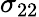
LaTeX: \sigma_{22}